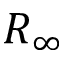
R _ { \infty }